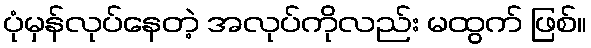
ပုံမှန်လုပ်နေတဲ့ အလုပ်ကိုလည်း မထွက် ဖြစ်။